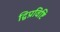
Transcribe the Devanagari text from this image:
द्विप्रविष्टि